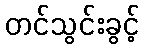
တင်သွင်းခွင့်